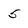
Character: 5